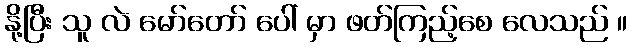
နို့ပြီး သူ လဲ မော်တော် ပေါ် မှာ ဖတ်ကြည့်စေ လေသည် ။